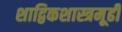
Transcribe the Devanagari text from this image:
शाद्विकशास्त्रमूढीं